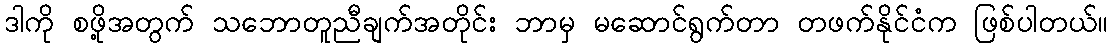
ဒါကို စဖို့အတွက် သဘောတူညီချက်အတိုင်း ဘာမှ မဆောင်ရွက်တာ တဖက်နိုင်ငံက ဖြစ်ပါတယ်။